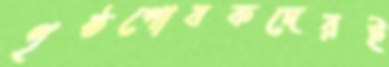
পৃষ্ঠপোষকদেরই